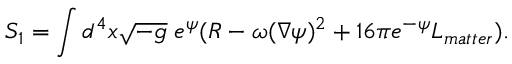
S _ { 1 } = \int d ^ { 4 } x \sqrt { - g } \; e ^ { \psi } ( R - \omega ( \nabla \psi ) ^ { 2 } + 1 6 \pi e ^ { - \psi } L _ { m a t t e r } ) .